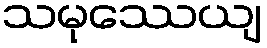
သမုဿေယျ